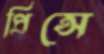
প্রিন্সে